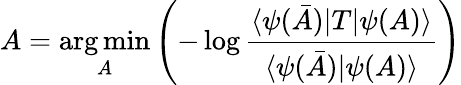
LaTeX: A=\underset{A}{\arg\operatorname*{min}}\left(-\log\frac{\langle\psi(\bar{A})|T|\psi(A)\rangle}{\langle\psi(\bar{A})|\psi(A)\rangle}\right)